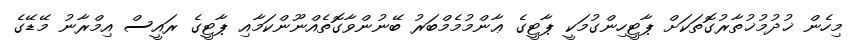
މިހެން ޚުދުމުޚުތާރުގޮތަކަށް ޕާޓީހިންގުމަކީ ޕާޓީގެ ޢާންމުމެމްބަރު ބޭނުންވާގޮތެއްނޫންކަމާއި ޕާޓީގެ ރައީސް އިމްރާނު މޭޑޭގެ